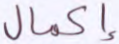
إكمال